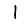
Digit: 1